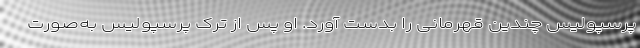
پرسپولیس چندین قهرمانی را بدست آورد. او پس از ترک پرسپولیس به‌صورت